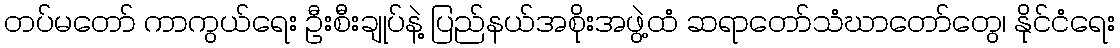
တပ်မတော် ကာကွယ်ရေး ဦးစီးချုပ်နဲ့ ပြည်နယ်အစိုးအဖွဲ့ထံ ဆရာတော်သံဃာတော်တွေ၊ နိုင်ငံရေး